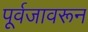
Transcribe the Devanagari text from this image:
पूर्वजावरून